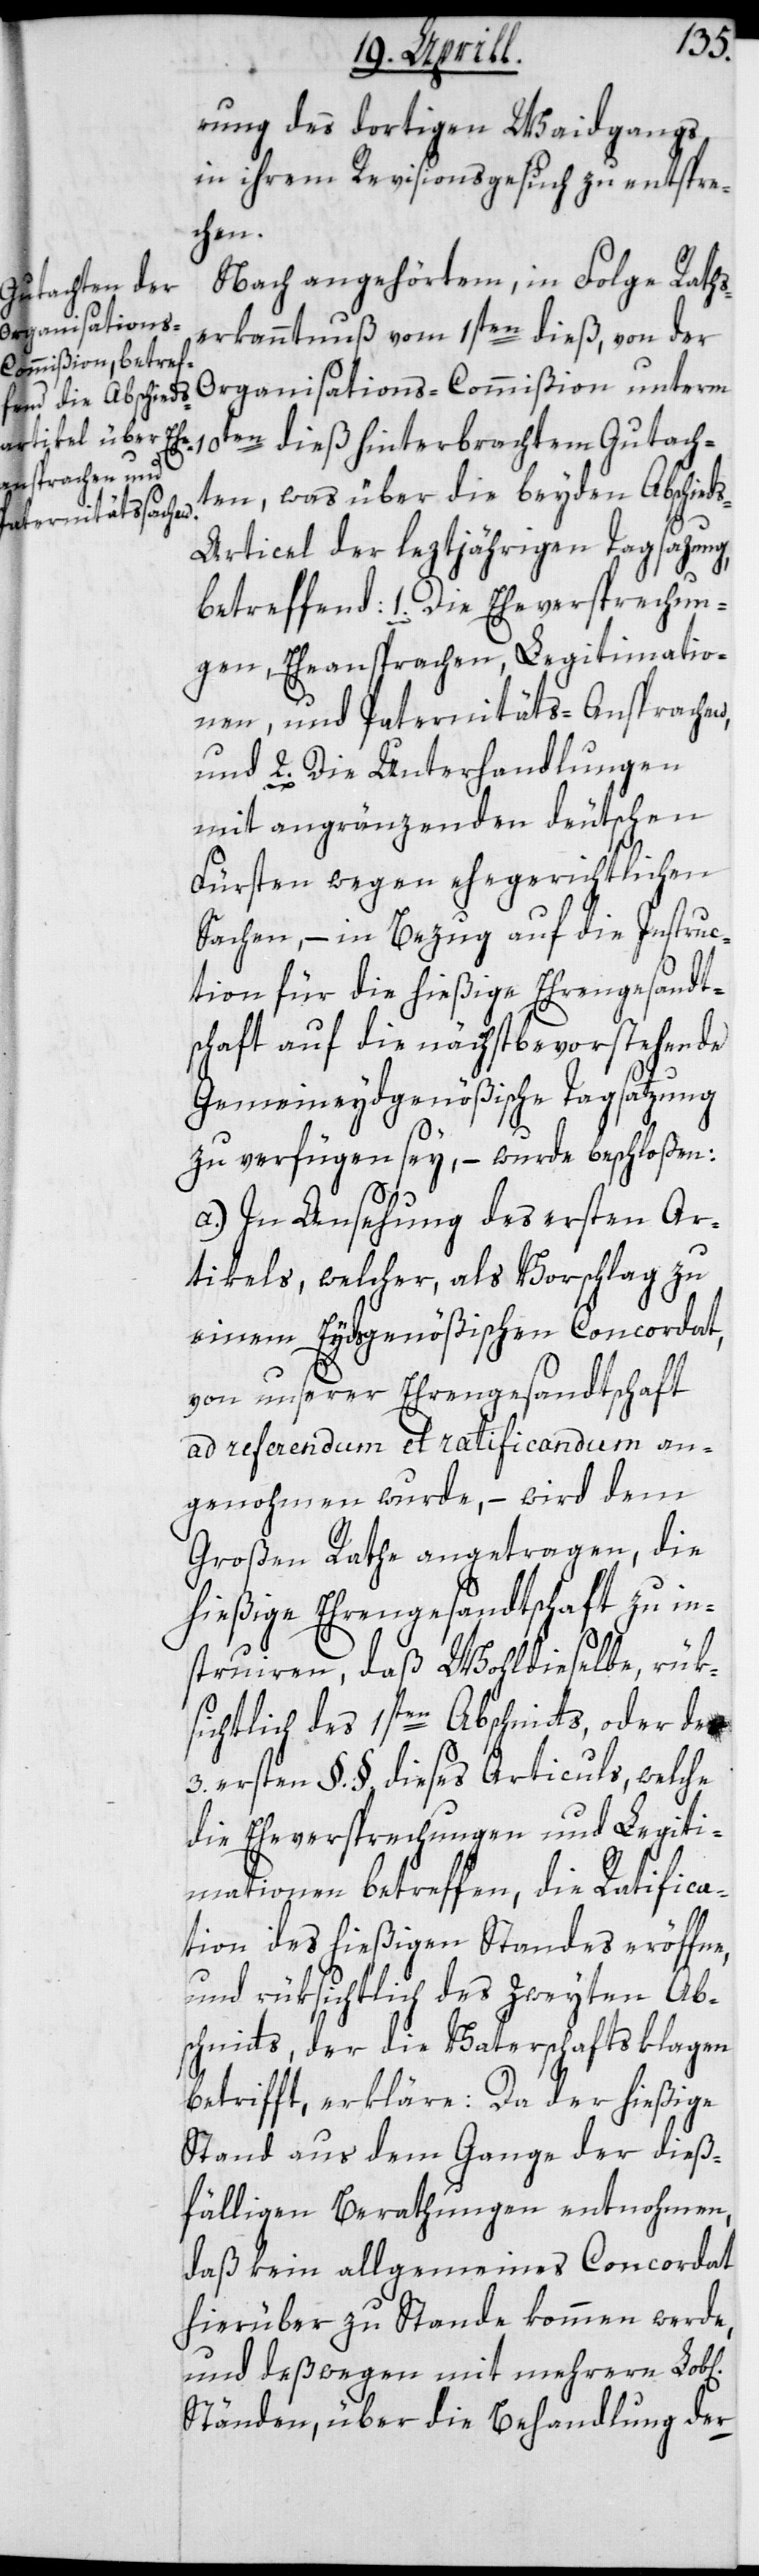
Gutach¬
rung des dortigen Weidgangs,
in ihrem Revisionsgesuch zu entspre¬
chen]
Nach angehörtem, in Folge Raths¬
erkanntnuß vom 1sten dieß, von der
Organisations-Commißion unterm
ten, was über die beyden Abschied¬
s-Articel der leztjährigen Tagsazung,
betreffend: 1. Die Eheversprechun¬
gen, Eheansprachen, Legitimatio¬
nen und Paternitäts-Ansprachen,
und 2. Die Unterhandlungen
mit angränzenden deutschen
Fürsten wegen ehegerichtlichen
Sachen, – in Bezug auf die Instruc¬
tion für die hießige Ehrengesandt¬
schaft auf die nächst bevorstehende
Gemeineydgenößische Tagsatzung
zu verfügen sey, – wurde beschloßen:
a) In Ansehung des ersten Ar¬
tikels, welcher als Vorschlag zu
einem Eydsgenößischen Concordat,
von unserer Ehrengesandtschaft
ad referendum et ratificandum an¬
genohmen wurde, – wird dem
Großen Rathe angetragen, die
hießige Ehrengesandtschaft zu in¬
struieren, daß Wohldieselbe, rük¬
sichtlich des 1sten Abschnitts, oder der
3. ersten §.§. dieses Articuls, welche
die Eheversprechungen und Legiti¬
mationen betreffen, die Ratifica¬
tion des hießigen Standes eröffne,
und rüksichtlich des zweyten Ab¬
schnitts, der die Vaterschaftsklagen
betrifft, erkläre: Da der hießige
Stand aus dem Gange der dieß¬
fälligen Berathungen entnommen,
daß kein allgemeines Concordat
hierüber zu Stande kommen werde,
und deßwegen mit mehrern Lob[li¬
Ständen, über die Behandlung der